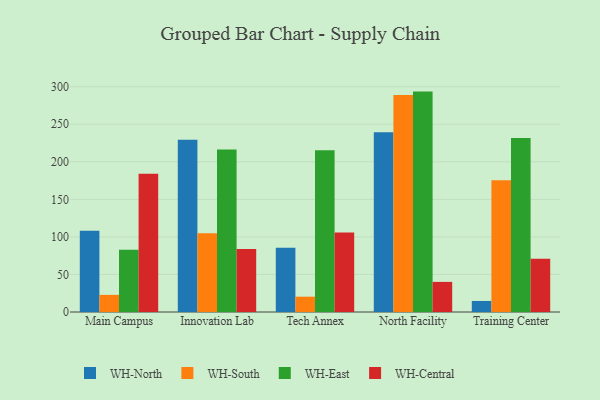
{"axis": {"x": "Campus", "y": "Customer Acquisition Cost (USD)"}, "legend": ["WH-Central", "WH-East", "WH-North", "WH-South"], "data": [{"x": "Main Campus", "y": 108.1, "type": "WH-North"}, {"x": "Main Campus", "y": 22.8, "type": "WH-South"}, {"x": "Main Campus", "y": 83.0, "type": "WH-East"}, {"x": "Main Campus", "y": 184.1, "type": "WH-Central"}, {"x": "Innovation Lab", "y": 229.4, "type": "WH-North"}, {"x": "Innovation Lab", "y": 105.0, "type": "WH-South"}, {"x": "Innovation Lab", "y": 216.4, "type": "WH-East"}, {"x": "Innovation Lab", "y": 84.0, "type": "WH-Central"}, {"x": "Tech Annex", "y": 85.7, "type": "WH-North"}, {"x": "Tech Annex", "y": 20.4, "type": "WH-South"}, {"x": "Tech Annex", "y": 215.3, "type": "WH-East"}, {"x": "Tech Annex", "y": 105.9, "type": "WH-Central"}, {"x": "North Facility", "y": 239.5, "type": "WH-North"}, {"x": "North Facility", "y": 288.9, "type": "WH-South"}, {"x": "North Facility", "y": 293.5, "type": "WH-East"}, {"x": "North Facility", "y": 40.1, "type": "WH-Central"}, {"x": "Training Center", "y": 14.7, "type": "WH-North"}, {"x": "Training Center", "y": 175.5, "type": "WH-South"}, {"x": "Training Center", "y": 231.8, "type": "WH-East"}, {"x": "Training Center", "y": 70.8, "type": "WH-Central"}]}